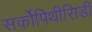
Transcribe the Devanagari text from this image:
सर्कोपिथीसिडी